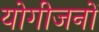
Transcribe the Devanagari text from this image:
योगीजनों